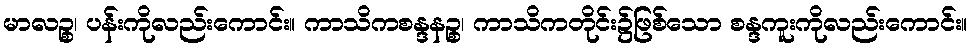
မာလဉ္စ၊ ပန်းကိုလည်းကောင်း။ ကာသိကစန္ဒနဉ္စ၊ ကာသိကတိုင်း၌ဖြစ်သော စန္ဒကူးကိုလည်းကောင်း။